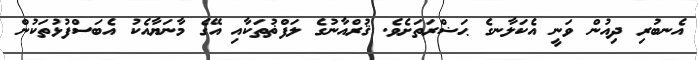
އެނބުރި ދިއުން ވަނީ އެކަލާނގެ ޙަޟްރަތަށެވެ. ޤުރްއާނުގެ ލަފްޡުތަކާއި އޭގެ މާނަޔާއެކު އެބަސްފުޅުތަކުން